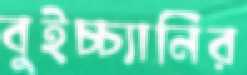
বুইচ্চ্যানির